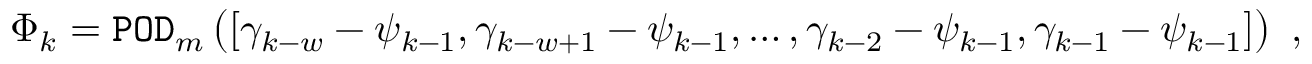
\Phi _ { k } = { \tt P O D } _ { m } \left( \left[ \gamma _ { k - w } - \psi _ { k - 1 } , \gamma _ { k - w + 1 } - \psi _ { k - 1 } , \ldots , \gamma _ { k - 2 } - \psi _ { k - 1 } , \gamma _ { k - 1 } - \psi _ { k - 1 } \right] \right) \mathrm { ~ , ~ }